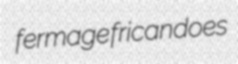
fermage fricandoes